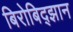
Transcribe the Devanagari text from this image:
बिरोबिद्झान